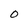
Character: O